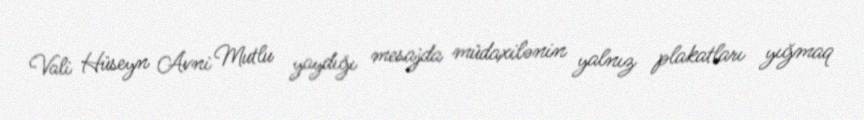
Vali Hüseyn Avni Mutlu yaydığı mesajda müdaxilənin yalnız plakatları yığmaq